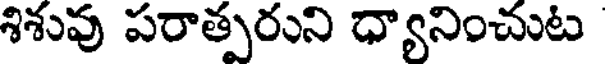
శిశువు పరాత్పరుని ధ్యానించుట